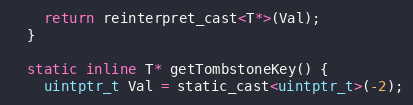
Language: C
    return reinterpret_cast<T*>(Val);
  }

  static inline T* getTombstoneKey() {
    uintptr_t Val = static_cast<uintptr_t>(-2);